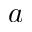
a